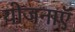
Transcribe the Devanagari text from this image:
योजनाऍं